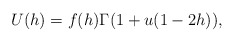
\begin{align*} U(h)= f(h) \Gamma(1+u (1-2 h)),\end{align*}